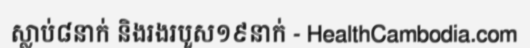
ស្លាប់៨នាក់ និងរងរបួស១៩នាក់ - HealthCambodia.com